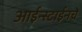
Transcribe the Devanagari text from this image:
आईन्स्टाईनचे